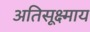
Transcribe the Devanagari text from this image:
अतिसूक्ष्माय